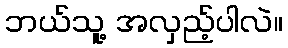
ဘယ်သူ့ အလှည့်ပါလဲ။